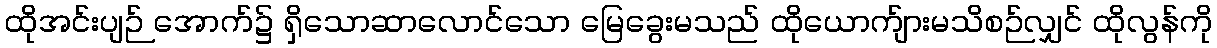
ထိုအင်းပျဉ် အောက်၌ ရှိသောဆာလောင်သော မြေခွေးမသည် ထိုယောက်ျားမသိစဉ်လျှင် ထိုလွန်ကို